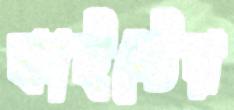
কাইস্টের